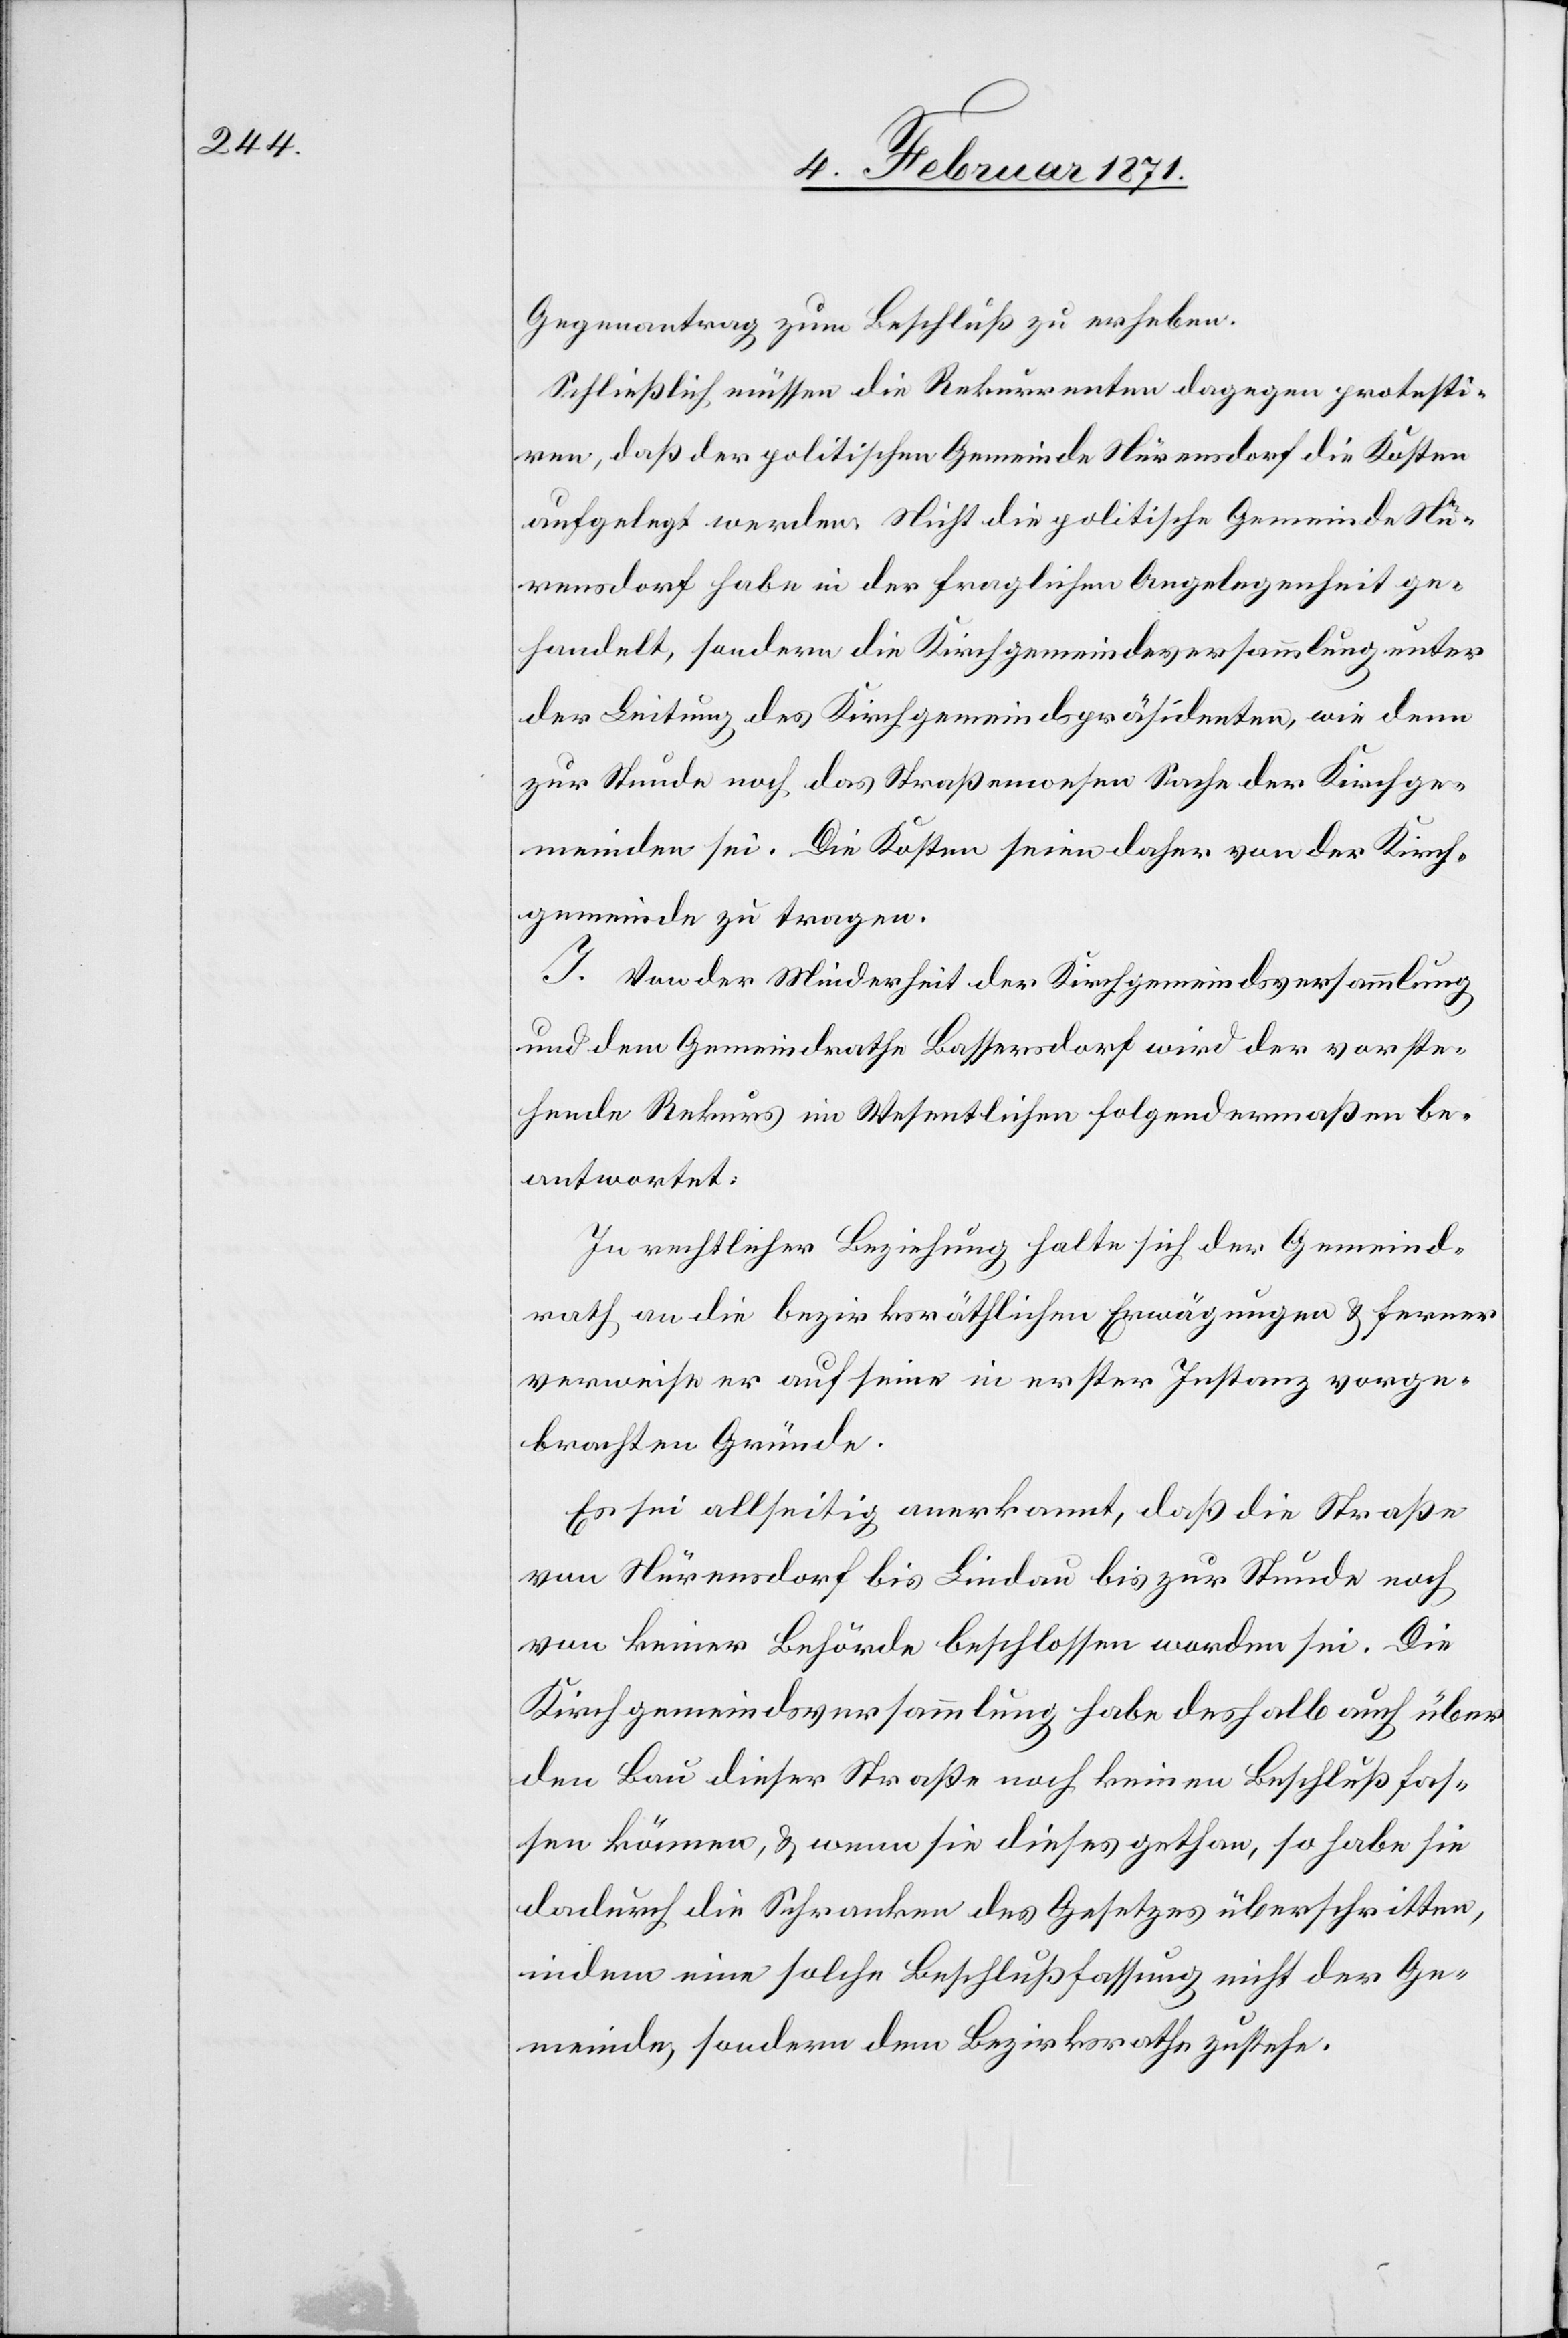
Gegenantrag zum Beschluß zu erheben.
Schließlich müssen die Rekurrenten dagegen protesti¬
ren, daß der politischen Gemeinde Nürensdorf die Kosten
aufgelegt werden. Nicht die politische Gemeinde Nü¬
rensdorf habe in der fraglichen Angelegenheit ge¬
handelt, sondern die Kirchgemeindeversammlung unter
der Leitung des Kirchgemeindspräsidenten, wie denn
zur Stunde noch das Straßenwesen Sache der Kirchge¬
meinde sei. Die Kosten seien daher von der Kirch¬
gemeinde zu tragen.
I. Von der Minderheit der Kirchgemeindsversammlung
und dem Gemeindrathe Bassersdorf wird der vorste¬
hende Rekurs im Wesentlichen folgendermaßen be¬
antwortet:
In rechtlicher Beziehung halte sich der Gemeind¬
rath an die bezirksräthlichen Erwägungen u. ferner
verweise er auf seine in erster Instanz vorge¬
brachten Gründe.
Es sei allseitig anerkannt, daß die Straße
von Nürensdorf bis Lindau bis zur Stunde noch
von keiner Behörde beschlossen worden sei. Die
Kirchgemeindsversammlung habe deshalb auch über
den Bau dieser Straße noch keinen Beschluß fas¬
sen können, u. wenn sie dieses gethan, so habe sie
dadurch die Schranken des Gesetzes überschritten,
indem eine solche Beschlussfassung nicht der Ge¬
meinde, sondern dem Bezirksrathe zustehe.